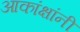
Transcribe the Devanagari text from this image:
आकांक्षांनी